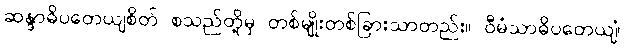
ဆန္ဒာဓိပတေယျစိတ် စသည်တို့မှ တစ်မျိုးတစ်ခြားသာတည်း။ ဝီမံသာဓိပတေယျံ၊